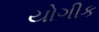
યોગીક